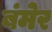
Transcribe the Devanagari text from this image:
बंमेर